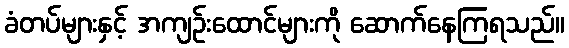
ခံတပ်များနှင့် အကျဉ်းထောင်များကို ဆောက်နေကြရသည်။